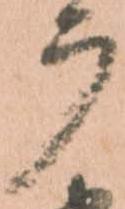
广